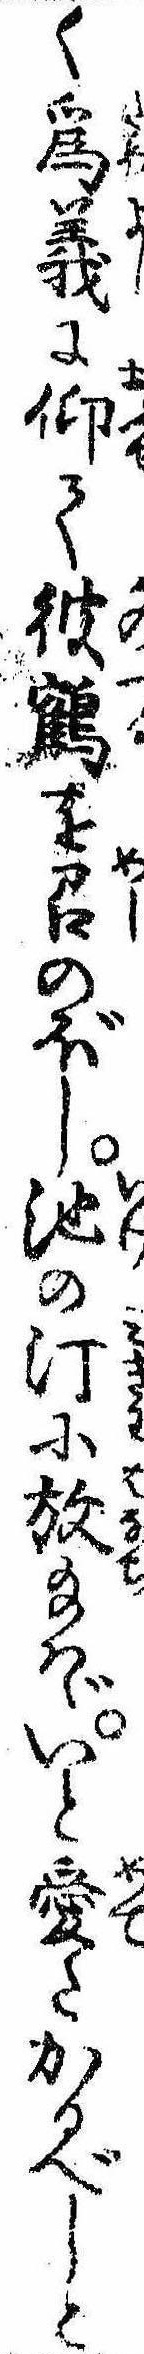
く為義に仰て彼鶴を召のぼし池の汀に放給はゞいと愛たかるべしと